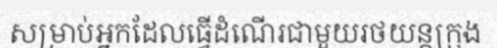
សម្រាប់អ្នកដែលធ្វើដំណើរជាមួយរថយន្តក្រុង